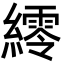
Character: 䌢